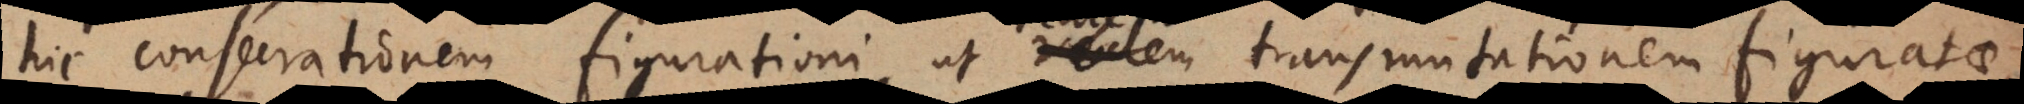
hic consecrationem figurationi, ut realem transmutationem figurata